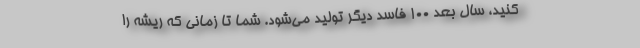
کنید، سال بعد ۱۰۰ فاسد دیگر تولید می‌شود. شما تا زمانی که ریشه را